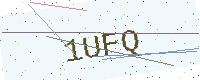
Text: 1UFQ